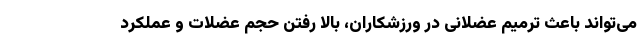
می‌تواند باعث ترمیم عضلانی در ورزشکاران، بالا رفتن حجم عضلات و عملکرد